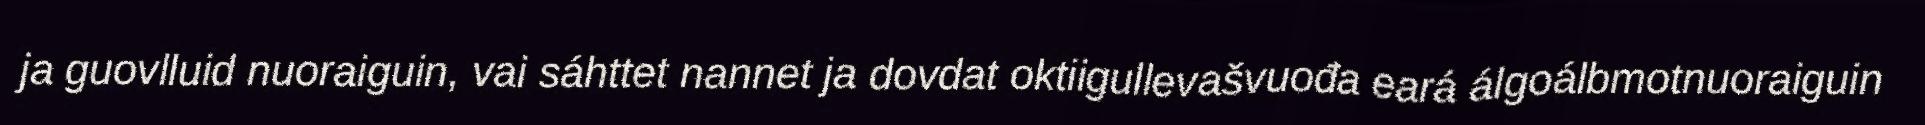
ja guovlluid nuoraiguin, vai sáhttet nannet ja dovdat oktiigullevašvuođa eará álgoálbmotnuoraiguin